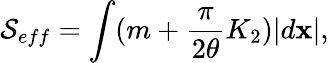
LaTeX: {\cal\mathcal{S}}_{eff}=\int(m+{\frac{{\pi}}{{2\theta}}}K_{2})|d{\mathbf{x}}|,